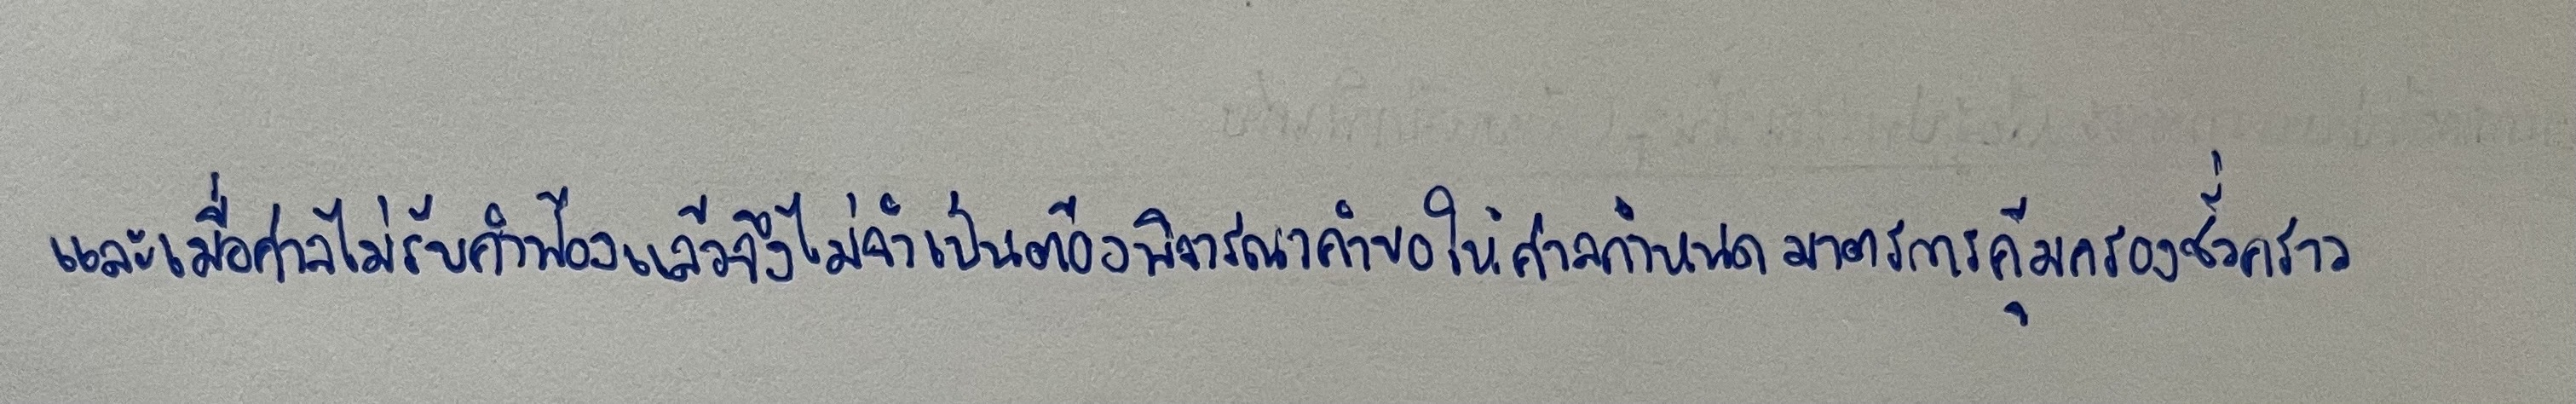
และเมื่อศาลไม่รับคำฟ้องแล้วจึงไม่จำเป็นต้องพิจารณาคำขอให้ศาลกำหนดมาตรการคุ้มครองชั่วคราว